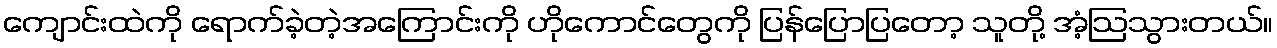
ကျောင်းထဲကို ရောက်ခဲ့တဲ့အကြောင်းကို ဟိုကောင်တွေကို ပြန်ပြောပြတော့ သူတို့ အံ့ဩသွားတယ်။